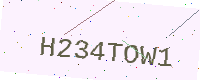
Text: H234TOW1